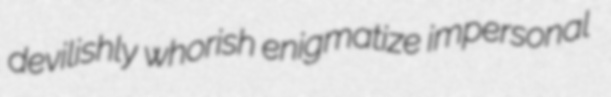
devilishly whorish enigmatize impersonal